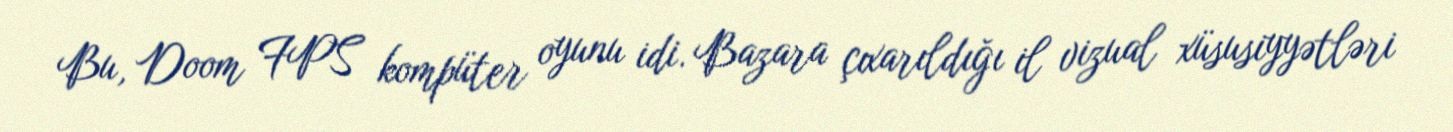
Bu, Doom FPS kompüter oyunu idi. Bazara çıxarıldığı il vizual xüsusiyyətləri